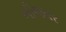
બીજવર